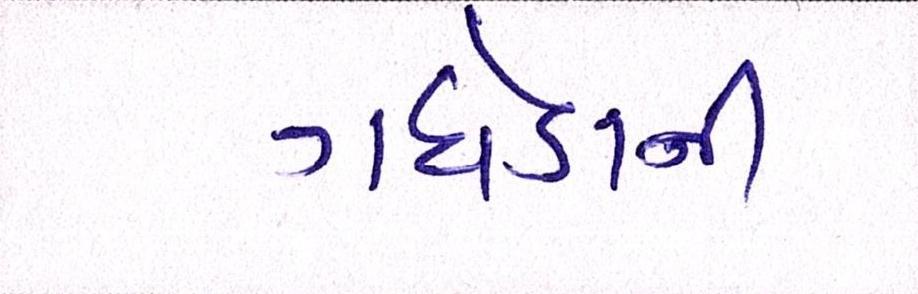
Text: ગધેડાની